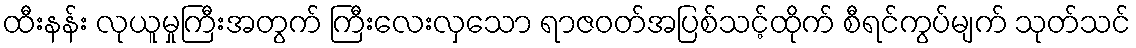
ထီးနန်း လုယူမှုကြီးအတွက် ကြီးလေးလှသော ရာဇဝတ်အပြစ်သင့်ထိုက် စီရင်ကွပ်မျက် သုတ်သင်